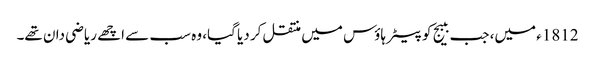
1812ء میں، جب ببیج کو پیٹر ہاؤس میں منتقل کر دیا گیا، وہ سب سے اچھے ریاضی دان تھے۔